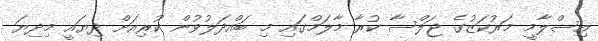
އިސްލާމީ މަރުކަޒުގެ ޖަލްސާ ކުރާ މާލަމްގައި މި ބައްދަލުވުން ކުރިއަށް ދިޔައީ މިދިޔަ